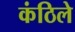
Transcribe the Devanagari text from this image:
कंठिले